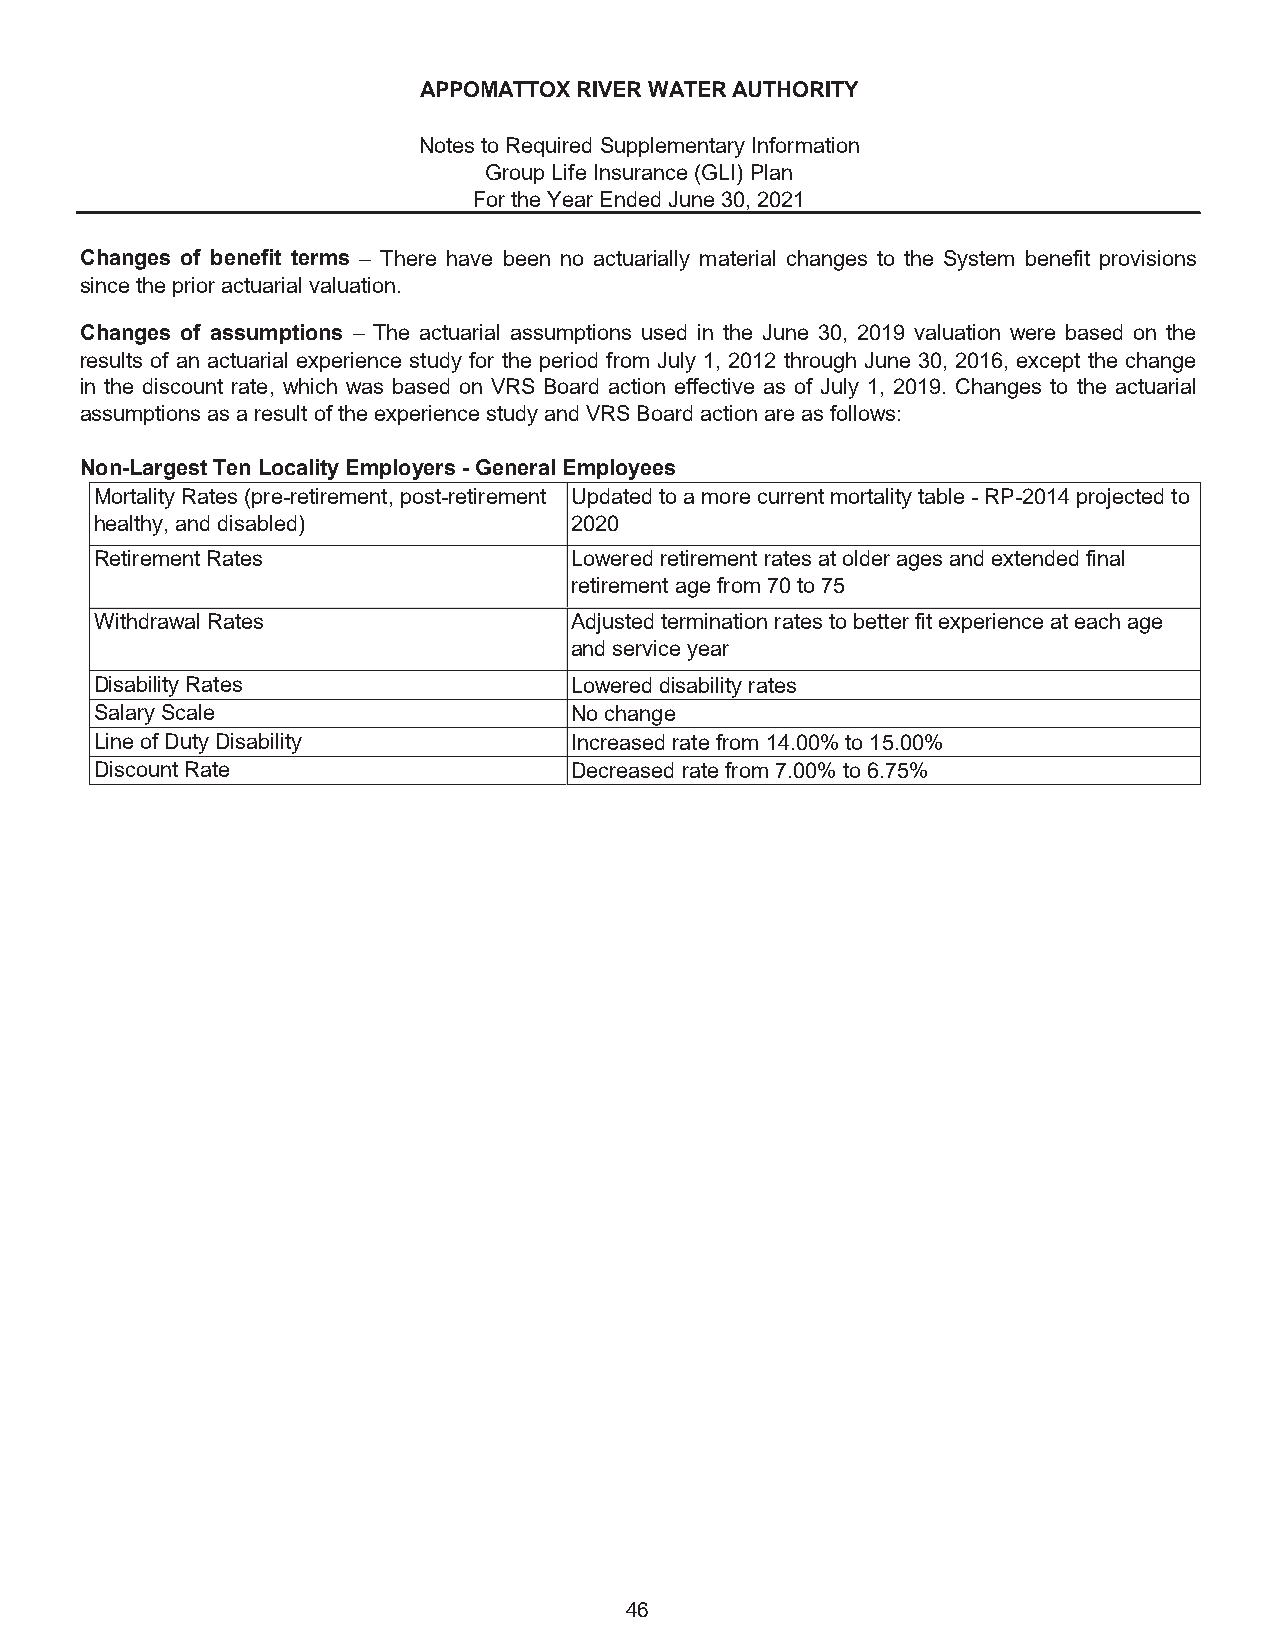
APPOMATTOX RIVER WATER AUTHORITY
 Notes to Required Supplementary Information
 Group Life Insurance (GLI) Plan
 For the Year Ended June 30, 2021
 Changes of benefit terms – There have been no actuarially material changes to the System benefit provisions
 since the prior actuarial valuation.
 Changes of assumptions – The actuarial assumptions used in the June 30, 2019 valuation were based on the
 results of an actuarial experience study for the period from July 1, 2012 through June 30, 2016, except the change
 in the discount rate, which was based on VRS Board action effective as of July 1, 2019. Changes to the actuarial
 assumptions as a result of the experience study and VRS Board action are as follows:
 Non-Largest Ten Locality Employers - General Employees
 Mortality Rates (pre-retirement, post-retirement Updated to a more current mortality table - RP-2014 projected to
 healthy, and disabled)          2020
 Retirement Rates                Lowered retirement rates at older ages and extended final
 retirement age from 70 to 75
 Withdrawal Rates                Adjusted termination rates to better fit experience at each age
 and service year
 Disability Rates                Lowered disability rates
 Salary Scale                    No change
 Line of Duty Disability         Increased rate from 14.00% to 15.00%
 Discount Rate                   Decreased rate from 7.00% to 6.75%
 46